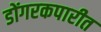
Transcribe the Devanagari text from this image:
डोंगरकपारीत